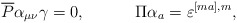
\begin{align*}\overline{P}\alpha_{\mu\nu}\gamma=0,\hspace{0.5in}\Pi\alpha_a=\varepsilon^{[ma],m},\end{align*}